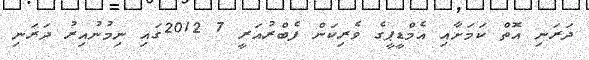
ދަރަނި އޮތް ކަމަށާއި އެމްޑީޕީގެ ވެރިކަން ފެބްރުއަރީ 7 2012ގައި ނިމުނުއިރު ދަރަނި